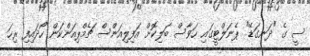
ސީ ގެ "ދަނގަޑޭ" ޕެނަލްޓީގައި ހަވާސް ބަލިކޮށް އަފިލިއަންސް ޗެމްޕިއަންކަން ހޯދައިފި ރިހަ